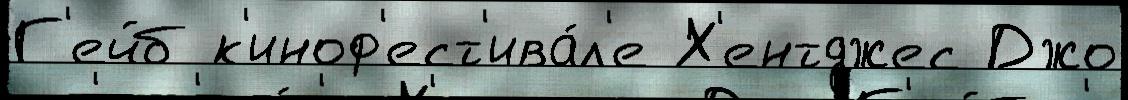
Г'ейб к'иноф'ест'ива́л'е Х'ентджес Джо